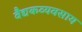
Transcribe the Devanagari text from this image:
वैद्यकव्यवसाय